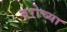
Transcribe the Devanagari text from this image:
बरोच्या